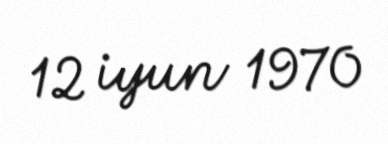
12 iyun 1970